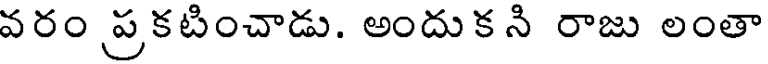
వరం ప్రకటించాడు. అందుకని రాజు లంతా